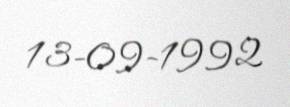
13-09-1992